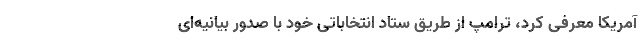
آمریکا معرفی کرد، ترامپ از طریق ستاد انتخاباتی خود با صدور بیانیه‌ای